Annual administration report of the Civil Veterinary Department of India - 1909-1910
Year: 1909
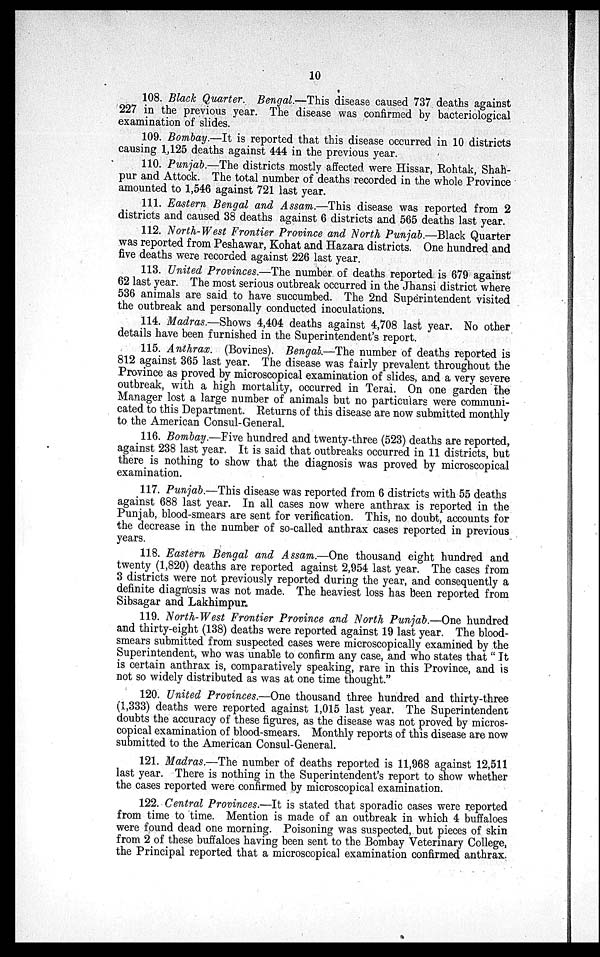
10
108. Black Quarter. Bengal.—This disease caused 737 deaths against
227 in the previous year. The disease was confirmed by bacteriological
examination of slides.
109. Bombay.—It is reported that this disease occurred in 10 districts
causing 1,125 deaths against 444 in the previous year.
110. Punjab.—The districts mostly affected were Hissar, Rohtak, Shah-
pur and Attock. The total number of deaths recorded in the whole Province
amounted to 1,546 against 721 last year.
111. Eastern Bengal and Assam.—This disease was reported from 2
districts and caused 38 deaths against 6 districts and 565 deaths last year.
112. North-West Frontier Province and North Punjab.—Black Quarter
was reported from Peshawar, Kohat and Hazara districts. One hundred and
five deaths were recorded against 226 last year.
113. United Provinces.—The number of deaths reported is 679 against
62 last year. The most serious outbreak occurred in the Jhansi district where
536 animals are said to have succumbed. The 2nd Superintendent visited
the outbreak and personally conducted inoculations.
114. Madras.—Shows 4,404 deaths against 4,708 last year. No other
details have been furnished in the Superintendent's report.
115. Anthrax. (Bovines). Bengal.—The number of deaths reported is
812 against 365 last year. The disease was fairly prevalent throughout the
Province as proved by microscopical examination of slides, and a very severe
outbreak, with a high mortality, occurred in Terai. On one garden the
Manager lost a large number of animals but no particulars were communi-
cated to this Department. Returns of this disease are now submitted monthly
to the American Consul-General.
116. Bombay.—Five hundred and twenty-three (523) deaths are reported,
against 238 last year. It is said that outbreaks occurred in 11 districts, but
there is nothing to show that the diagnosis was proved by microscopical
examination.
117. Punjab.—This disease was reported from 6 districts with 55 deaths
against 688 last year. In all cases now where anthrax is reported in the
Punjab, blood-smears are sent for verification. This, no doubt, accounts for
the decrease in the number of so-called anthrax cases reported in previous
years.
118. Eastern Bengal and Assam.—One thousand eight hundred and
twenty (1,820) deaths are reported against 2,954 last year. The cases from
3 districts were not previously reported during the year, and consequently a
definite diagnosis was not made. The heaviest loss has been reported from
Sibsagar and Lakhimpur.
119. North-West Frontier Province and North Punjab.—One hundred
and thirty-eight (138) deaths were reported against 19 last year. The blood-
smears submitted from suspected cases were microscopically examined by the
Superintendent, who was unable to confirm any case, and who states that "It
is certain anthrax is, comparatively speaking, rare in this Province, and is
not so widely distributed as was at one time thought."
120. United Provinces.—One thousand three hundred and thirty-three
(1,333) deaths were reported against 1,015 last year. The Superintendent
doubts the accuracy of these figures, as the disease was not proved by micros-
copical examination of blood-smears. Monthly reports of this disease are now
submitted to the American Consul-General.
121. Madras.—The number of deaths reported is 11,968 against 12,511
last year. There is nothing in the Superintendent's report to show whether
the cases reported were confirmed by microscopical examination.
122. Central Provinces.—It is stated that sporadic cases were reported
from time to time. Mention is made of an outbreak in which 4 buffaloes
were found dead one morning. Poisoning was suspected, but pieces of skin
from 2 of these buffaloes having been sent to the Bombay Veterinary College,
the Principal reported that a microscopical examination confirmed anthrax.